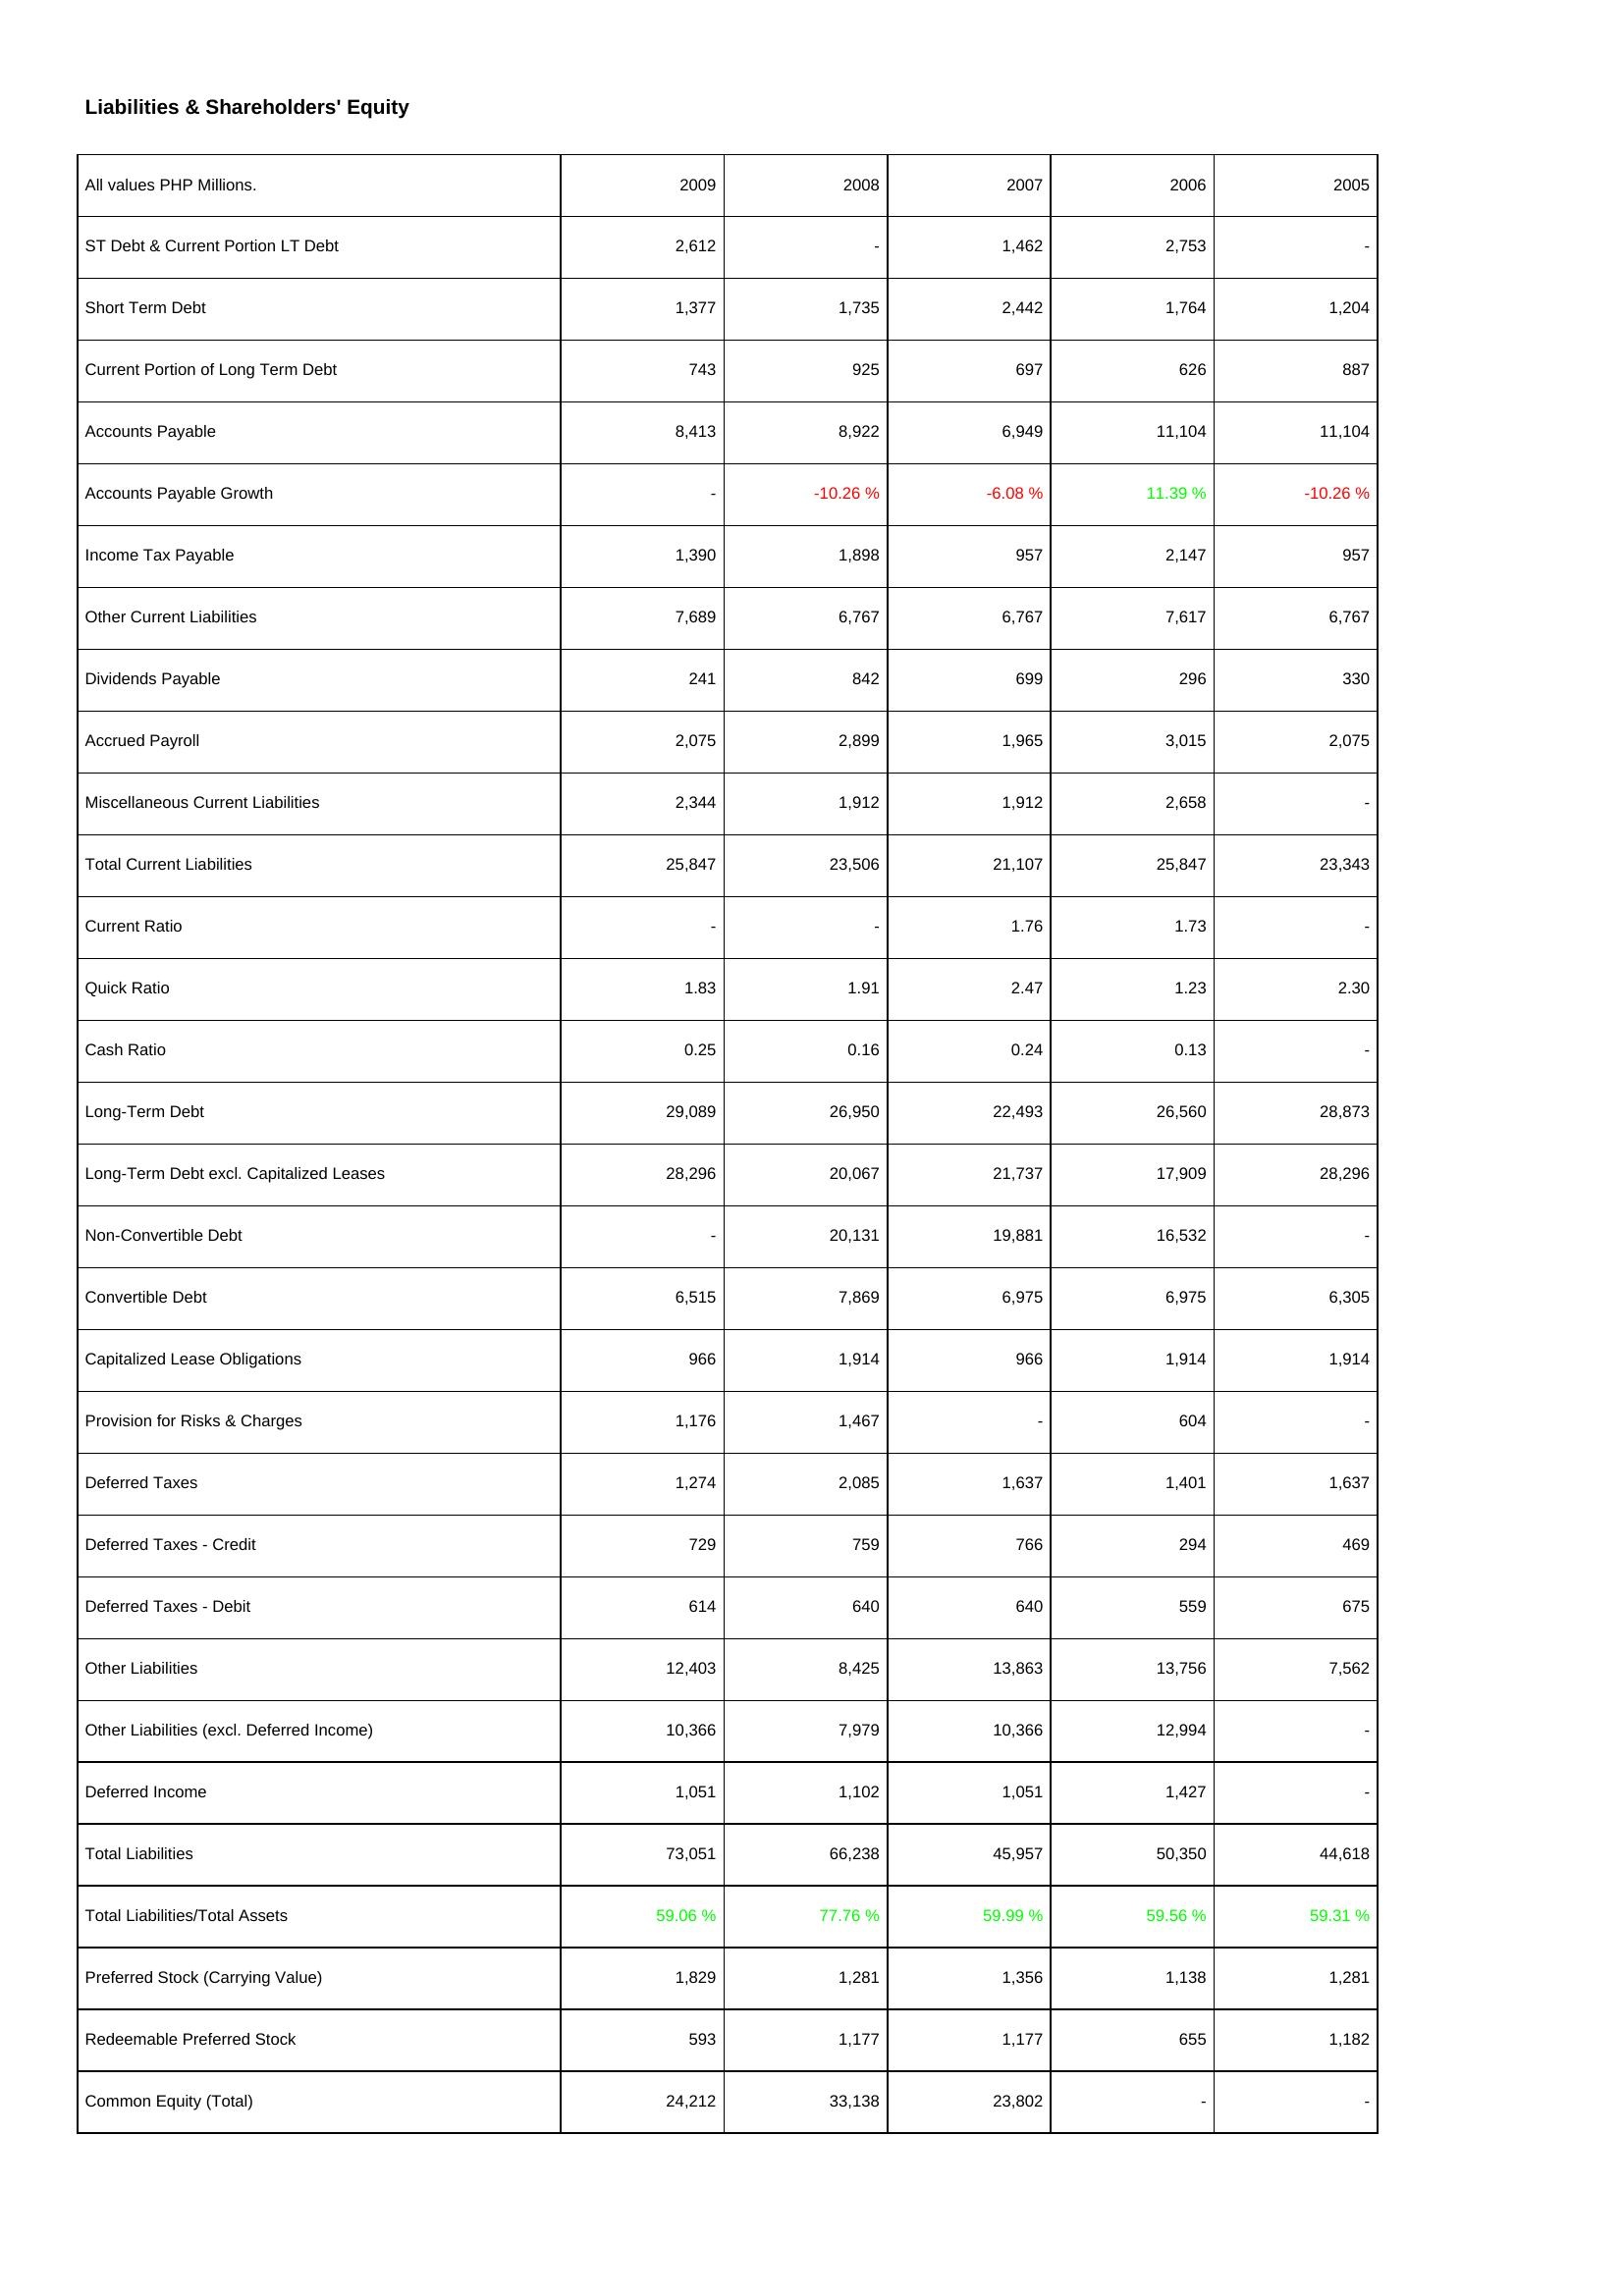
2009: Liabilities & Shareholders' Equity: ST Debt & Current Portion LT Debt: 2,612
Short Term Debt: 1,377
Current Portion of Long Term Debt: 743
Accounts Payable: 8,413
Accounts Payable Growth: -
Income Tax Payable: 1,390
Other Current Liabilities: 7,689
Dividends Payable: 241
Accrued Payroll: 2,075
Miscellaneous Current Liabilities: 2,344
Total Current Liabilities: 25,847
Current Ratio: -
Quick Ratio: 1.83
Cash Ratio: 0.25
Long-Term Debt: 29,089
Long-Term Debt excl. Capitalized Leases: 28,296
Non-Convertible Debt: -
Convertible Debt: 6,515
Capitalized Lease Obligations: 966
Provision for Risks & Charges: 1,176
Deferred Taxes: 1,274
Deferred Taxes - Credit: 729
Deferred Taxes - Debit: 614
Other Liabilities: 12,403
Other Liabilities (excl. Deferred Income): 10,366
Deferred Income: 1,051
Total Liabilities: 73,051
Total Liabilities/Total Assets: 59.06 %
Preferred Stock (Carrying Value): 1,829
Redeemable Preferred Stock: 593
Common Equity (Total): 24,212
2008: Liabilities & Shareholders' Equity: ST Debt & Current Portion LT Debt: -
Short Term Debt: 1,735
Current Portion of Long Term Debt: 925
Accounts Payable: 8,922
Accounts Payable Growth: -10.26 %
Income Tax Payable: 1,898
Other Current Liabilities: 6,767
Dividends Payable: 842
Accrued Payroll: 2,899
Miscellaneous Current Liabilities: 1,912
Total Current Liabilities: 23,506
Current Ratio: -
Quick Ratio: 1.91
Cash Ratio: 0.16
Long-Term Debt: 26,950
Long-Term Debt excl. Capitalized Leases: 20,067
Non-Convertible Debt: 20,131
Convertible Debt: 7,869
Capitalized Lease Obligations: 1,914
Provision for Risks & Charges: 1,467
Deferred Taxes: 2,085
Deferred Taxes - Credit: 759
Deferred Taxes - Debit: 640
Other Liabilities: 8,425
Other Liabilities (excl. Deferred Income): 7,979
Deferred Income: 1,102
Total Liabilities: 66,238
Total Liabilities/Total Assets: 77.76 %
Preferred Stock (Carrying Value): 1,281
Redeemable Preferred Stock: 1,177
Common Equity (Total): 33,138
2007: Liabilities & Shareholders' Equity: ST Debt & Current Portion LT Debt: 1,462
Short Term Debt: 2,442
Current Portion of Long Term Debt: 697
Accounts Payable: 6,949
Accounts Payable Growth: -6.08 %
Income Tax Payable: 957
Other Current Liabilities: 6,767
Dividends Payable: 699
Accrued Payroll: 1,965
Miscellaneous Current Liabilities: 1,912
Total Current Liabilities: 21,107
Current Ratio: 1.76
Quick Ratio: 2.47
Cash Ratio: 0.24
Long-Term Debt: 22,493
Long-Term Debt excl. Capitalized Leases: 21,737
Non-Convertible Debt: 19,881
Convertible Debt: 6,975
Capitalized Lease Obligations: 966
Provision for Risks & Charges: -
Deferred Taxes: 1,637
Deferred Taxes - Credit: 766
Deferred Taxes - Debit: 640
Other Liabilities: 13,863
Other Liabilities (excl. Deferred Income): 10,366
Deferred Income: 1,051
Total Liabilities: 45,957
Total Liabilities/Total Assets: 59.99 %
Preferred Stock (Carrying Value): 1,356
Redeemable Preferred Stock: 1,177
Common Equity (Total): 23,802
2006: Liabilities & Shareholders' Equity: ST Debt & Current Portion LT Debt: 2,753
Short Term Debt: 1,764
Current Portion of Long Term Debt: 626
Accounts Payable: 11,104
Accounts Payable Growth: 11.39 %
Income Tax Payable: 2,147
Other Current Liabilities: 7,617
Dividends Payable: 296
Accrued Payroll: 3,015
Miscellaneous Current Liabilities: 2,658
Total Current Liabilities: 25,847
Current Ratio: 1.73
Quick Ratio: 1.23
Cash Ratio: 0.13
Long-Term Debt: 26,560
Long-Term Debt excl. Capitalized Leases: 17,909
Non-Convertible Debt: 16,532
Convertible Debt: 6,975
Capitalized Lease Obligations: 1,914
Provision for Risks & Charges: 604
Deferred Taxes: 1,401
Deferred Taxes - Credit: 294
Deferred Taxes - Debit: 559
Other Liabilities: 13,756
Other Liabilities (excl. Deferred Income): 12,994
Deferred Income: 1,427
Total Liabilities: 50,350
Total Liabilities/Total Assets: 59.56 %
Preferred Stock (Carrying Value): 1,138
Redeemable Preferred Stock: 655
Common Equity (Total): -
2005: Liabilities & Shareholders' Equity: ST Debt & Current Portion LT Debt: -
Short Term Debt: 1,204
Current Portion of Long Term Debt: 887
Accounts Payable: 11,104
Accounts Payable Growth: -10.26 %
Income Tax Payable: 957
Other Current Liabilities: 6,767
Dividends Payable: 330
Accrued Payroll: 2,075
Miscellaneous Current Liabilities: -
Total Current Liabilities: 23,343
Current Ratio: -
Quick Ratio: 2.30
Cash Ratio: -
Long-Term Debt: 28,873
Long-Term Debt excl. Capitalized Leases: 28,296
Non-Convertible Debt: -
Convertible Debt: 6,305
Capitalized Lease Obligations: 1,914
Provision for Risks & Charges: -
Deferred Taxes: 1,637
Deferred Taxes - Credit: 469
Deferred Taxes - Debit: 675
Other Liabilities: 7,562
Other Liabilities (excl. Deferred Income): -
Deferred Income: -
Total Liabilities: 44,618
Total Liabilities/Total Assets: 59.31 %
Preferred Stock (Carrying Value): 1,281
Redeemable Preferred Stock: 1,182
Common Equity (Total): -